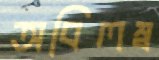
অবিলম্ব